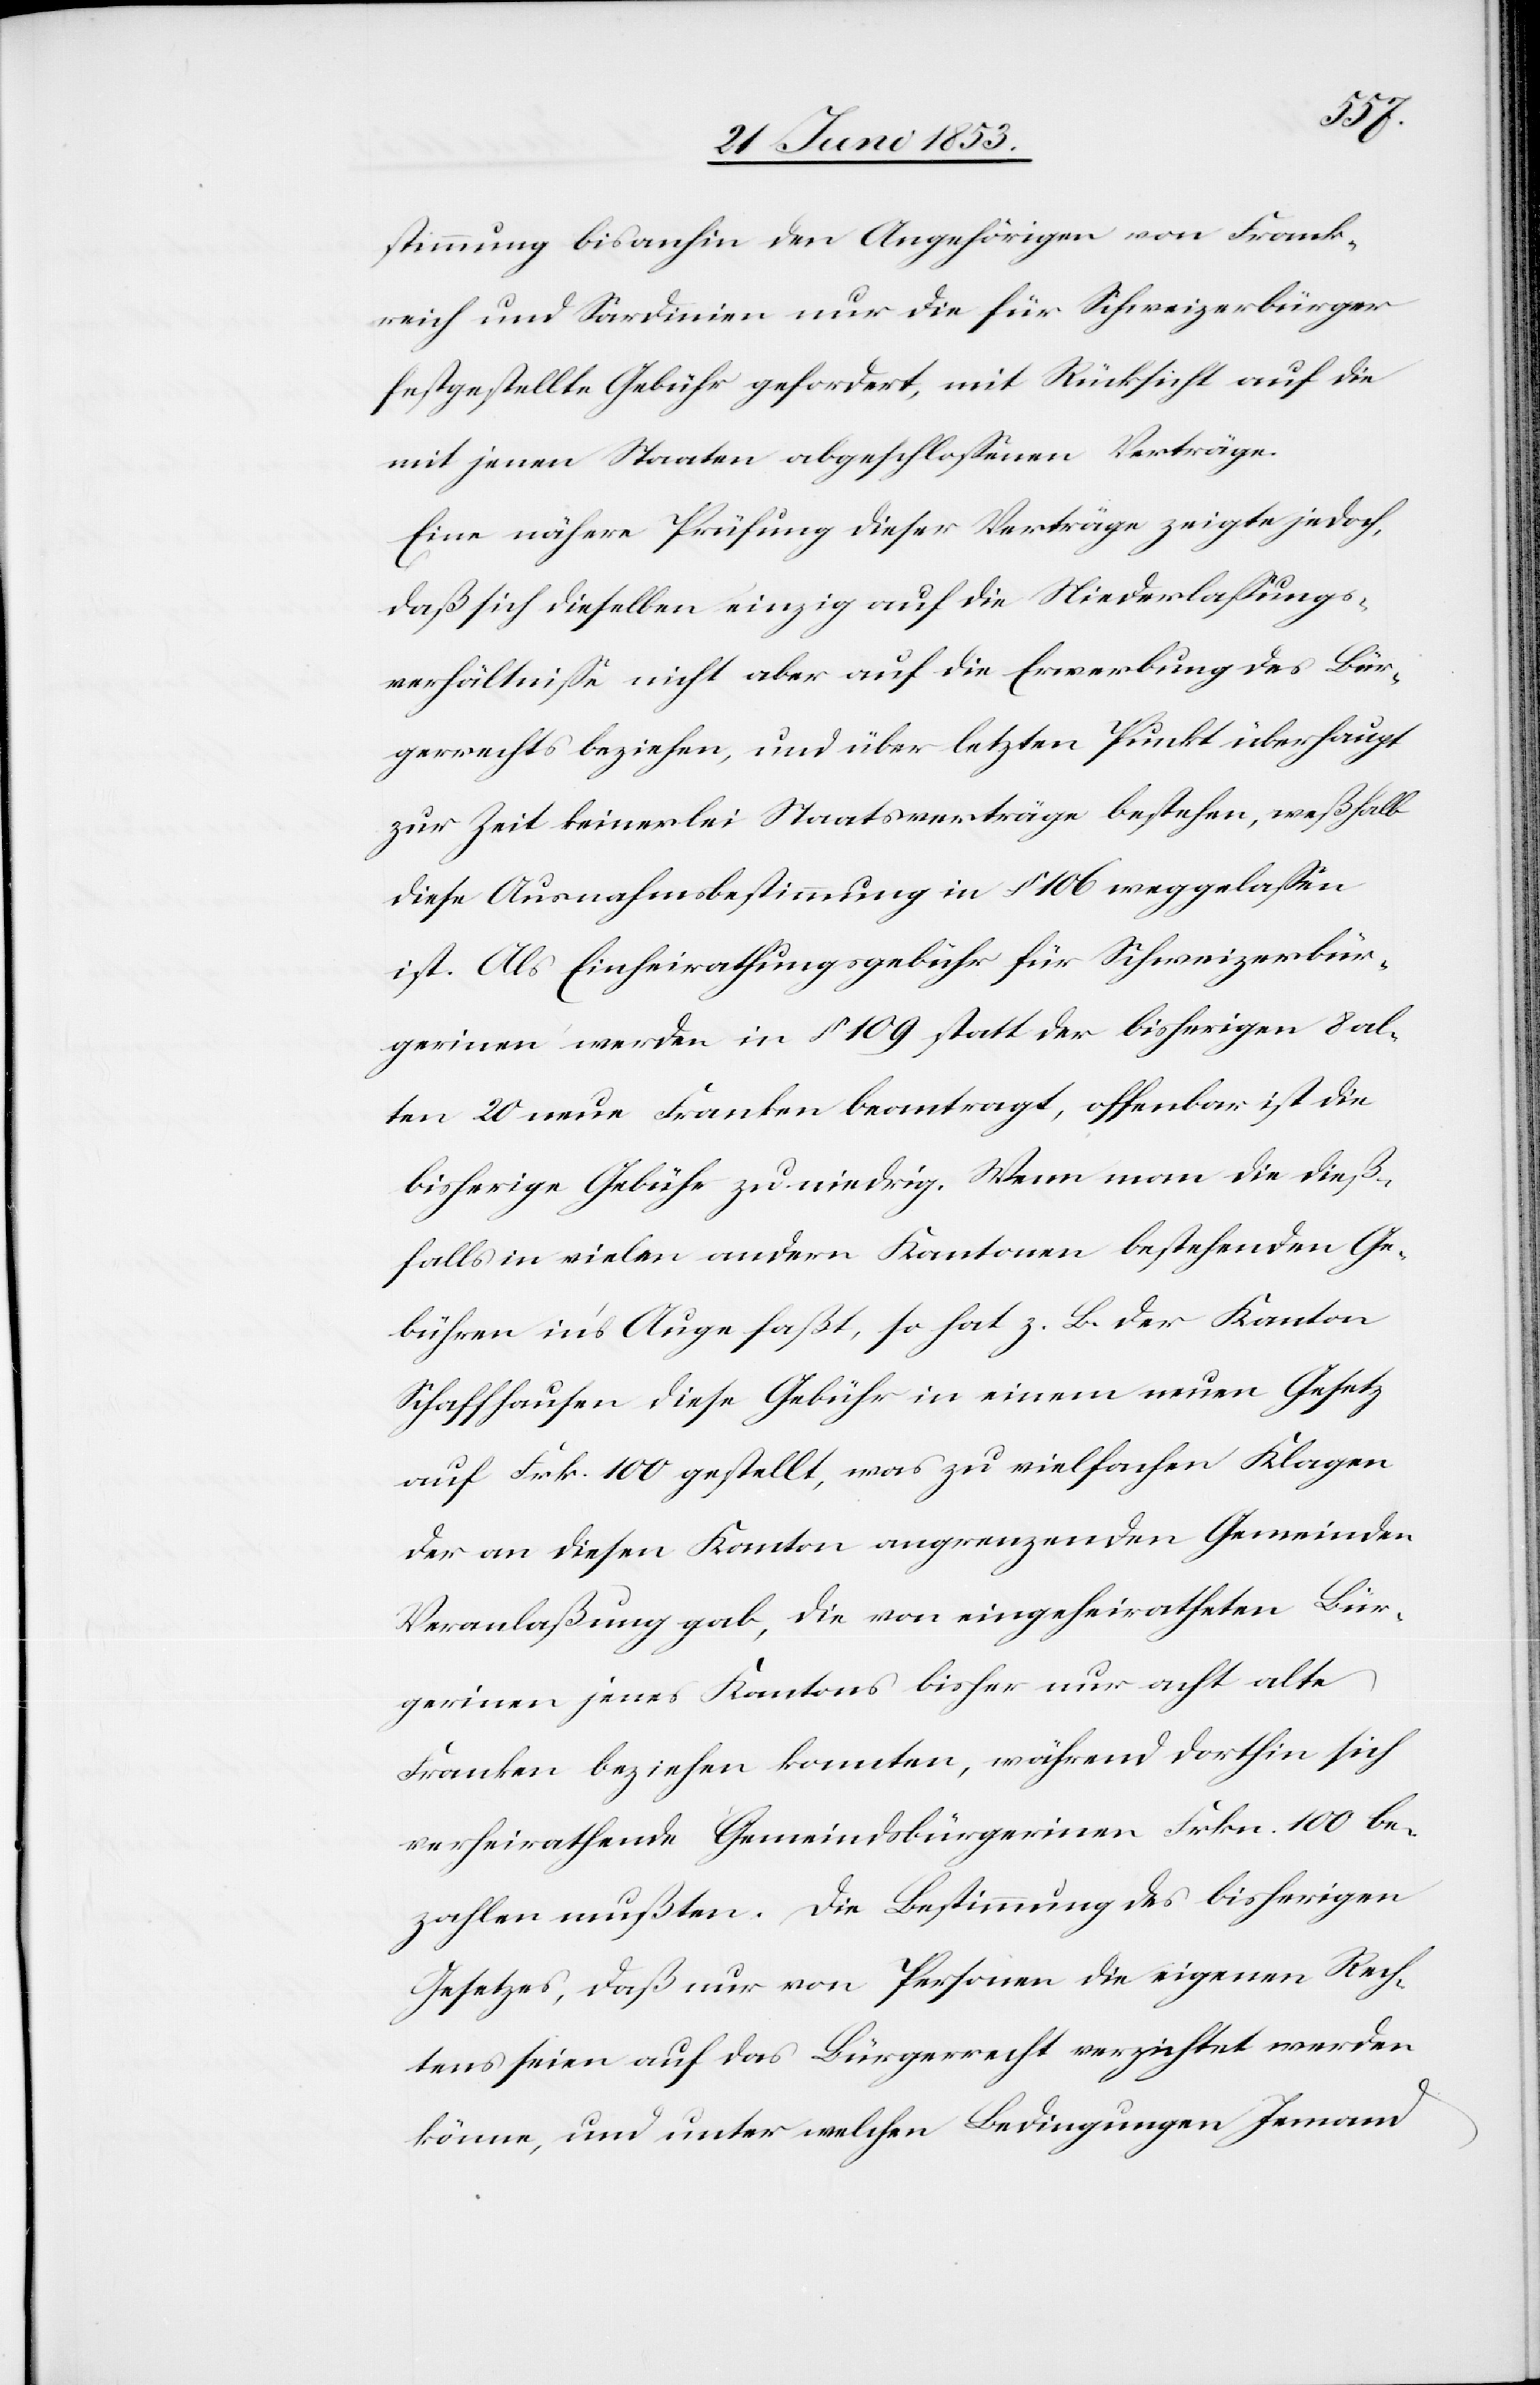
stimmung bisanhin den Angehörigen von Frank¬
reich und Sardinien nur die für Schweizerbürger
festgestellte Gebühr gefordert, mit Rücksicht auf die
mit jenen Staaten abgeschloßenen Verträge.
Eine nähere Prüfung dieser Verträge zeigte jedoch,
daß sich dieselben einzig auf die Niederlaßungs¬
verhältniße nicht aber auf die Erwerbung des Bür¬
gerrechtes beziehen, und über letzten Punkt überhaupt
zur Zeit keinerlei Staatsverträge bestehen, weßhalb
diese Ausnahmsbestimmung in § 106 weggelaßen
ist. Als Einheirathungsgebühr für Schweizerbür¬
gerinnen werden in § 109 statt der bisherigen 8 al¬
ten 20 neue Franken beantragt, offenbar ist die
bisherige Gebühr zu niedrig. Wenn man die dieß¬
falls in vielen andern Kantonen bestehenden Ge¬
bühren in’s Auge faßt, so hat z. B. der Kanton
Schaffhausen diese Gebühr in einem neuen Gesetz
auf Frk. 100 gestellt, was zu vielfachen Klagen
der an diesen Kanton angrenzenden Gemeinden
Veranlaßung gab, die von eingeheiratheten Bür¬
gerinnen jenes Kantons bisher nur acht alte
Franken beziehen konnten, während dorthin sich
verheirathende Gemeindsbürgerinnen Frkn. 100 be¬
zahlen mußten. Die Bestimmung des bisherigen
Gesetzes, daß nur von Personen die eigenen Rech¬
tens seien auf das Bürgerrecht verzichtet werden
könne, und unter welchen Bedingungen Jemand